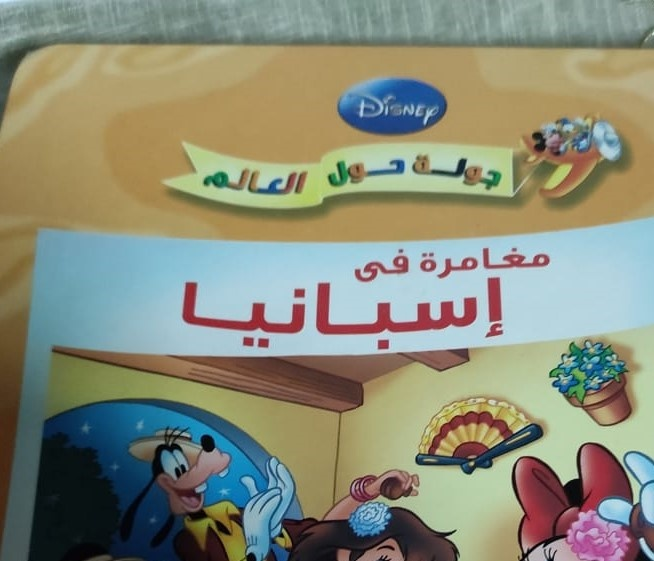
Text in image: حول جولة العالم مغامرة في إسبانيا Disney